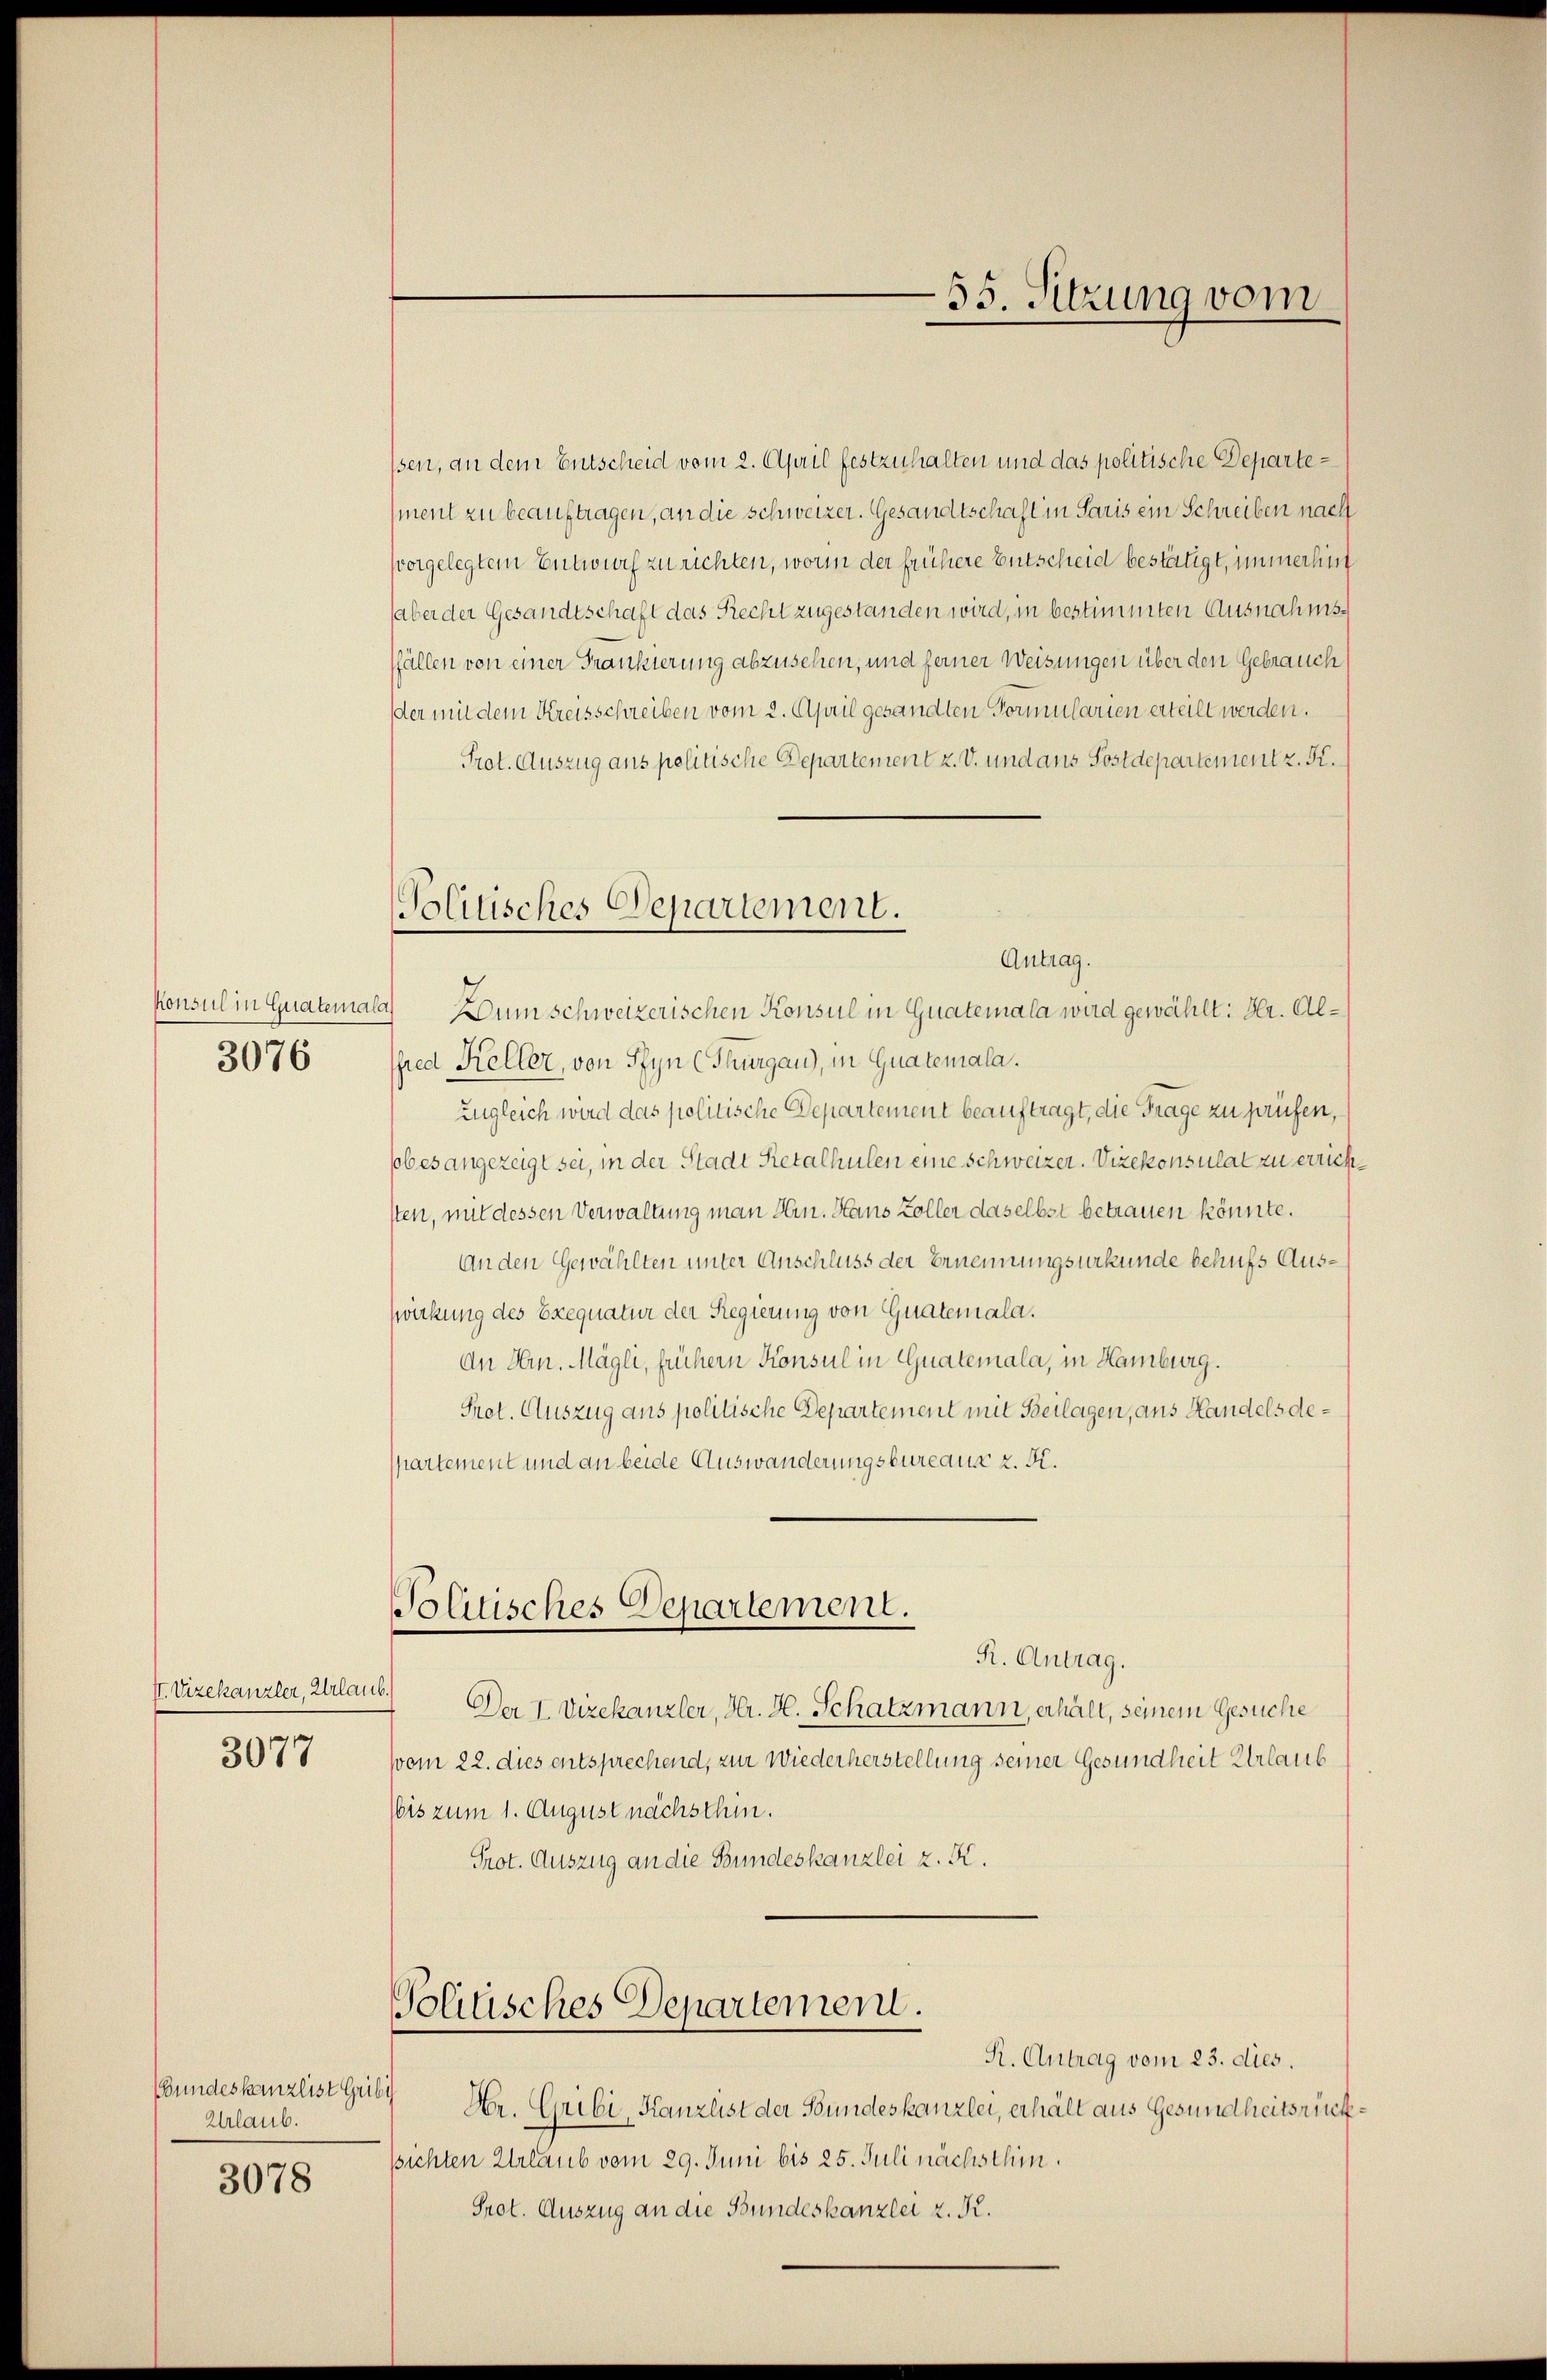
konsul in Guatemal
3076

It. Vizekanzler, Urlaub.
3077

Bundeskanzlist Gribi
Urlaub.
3078

Politisches Departement.
Antrag.

ssen, an dem Entscheid vom 2. April festzuhalten und das politische Departement zu beauftragen, an die Schweizer. Gesandtschaft in Paris ein Schreiben nach
vorgelegtem Entwurf zu richten, worin der frühere Entscheid bestätigt, immerhint
aber der Gesandtschaft das Recht zugestanden wird, in bestimmten Ausnahmsffällen von einer Frankierung abzusehen, und ferner Weisungen über den Gebrauch
der mit dem Kreisschreiben vom 2. April gesandten Formularien erteilt werden.
Prot. Auszug aus politische Departement z. V. und aus Postdepartement z. K.
 Dum schweizerischen Konsul in Guatemala wird gewählt: Hr. Alfred Keller, von Pfyn (Thurgau), in Guatemala.
ungleich wird das politische Departement beauftragt, die Frage zu prüfen,
sobes angezeigt sei, in der Stadt Retalhulen eine Schweizer. Vizekonsulat zu errichsten, mit dessen Verwaltung man Hrn. Haus Koller daselbst betrauen könnte.
An den Gewählten unter Anschluss der Ernennungsurkunde behufs Ausswirkung des Exequatur der Regierung von Guatemala.
An Hrn. Mögli, frühern Konsul in Guatemala, in Hamburg.
Prot. Auszug aus politische Departement mit Beilagen, aus Handels departement und an beide Auswanderungsbureaus z. K.
Politisches Departement.
R. Antrag.
Der I Vizekanzler, Hr. H. Schatzmann, erhält, seinem Gesuche
vom 22. dies entsprechend, zur Wiederherstellung seiner Gesundheit Urlaub
(bis zum 1. August nächsthin.
Prot. Auszug an die Bundeskanzlei z. K.

Tolinisches Departement.

55. Sitzung vom

R. Antrag vom 23. dies.
Hr. Gribi, Kanzlist der Bundeskanzlei, erhält aus Gesundheitsrücksichten Urlaub vom 29. Juni bis 25. Juli nächsthin.
Prot. Auszug an die Bundeskanzlei z. K.